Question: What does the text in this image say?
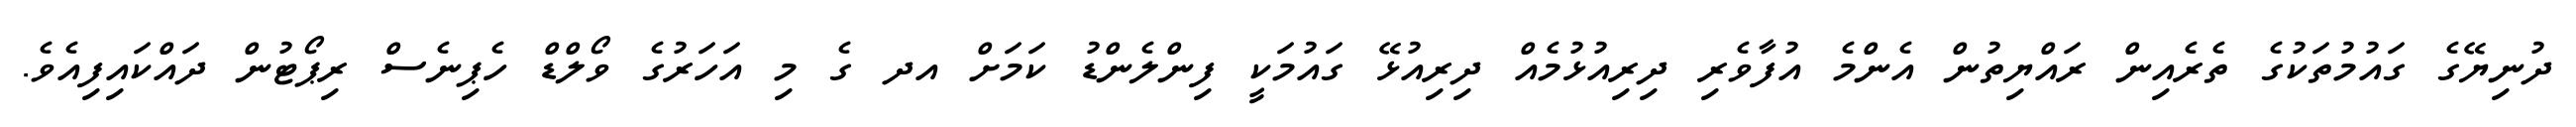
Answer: ދުނިޔޭގެ ގައުމުތަކުގެ ތެރެއިން ރައްޔިތުން އެންމެ އުފާވެރި ދިރިއުޅުމެއް ދިރިއުޅޭ ގައުމަކީ ފިންލެންޑު ކަމަށް އދ ގެ މި އަހަރުގެ ވޯލްޑް ހެޕިނެސް ރިޕޯޓުން ދައްކައިފިއެވެ.